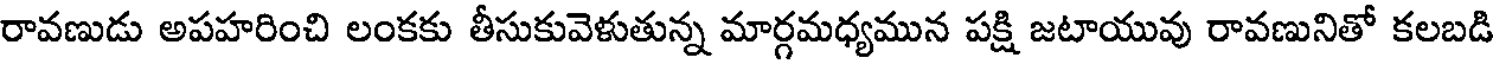
రావణుడు అపహరించి లంకకు తీసుకువెళుతున్న మార్గమధ్యమున పక్షి జటాయువు రావణునితో కలబడి